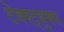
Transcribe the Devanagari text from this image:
टेक्स्ट्बुक्स